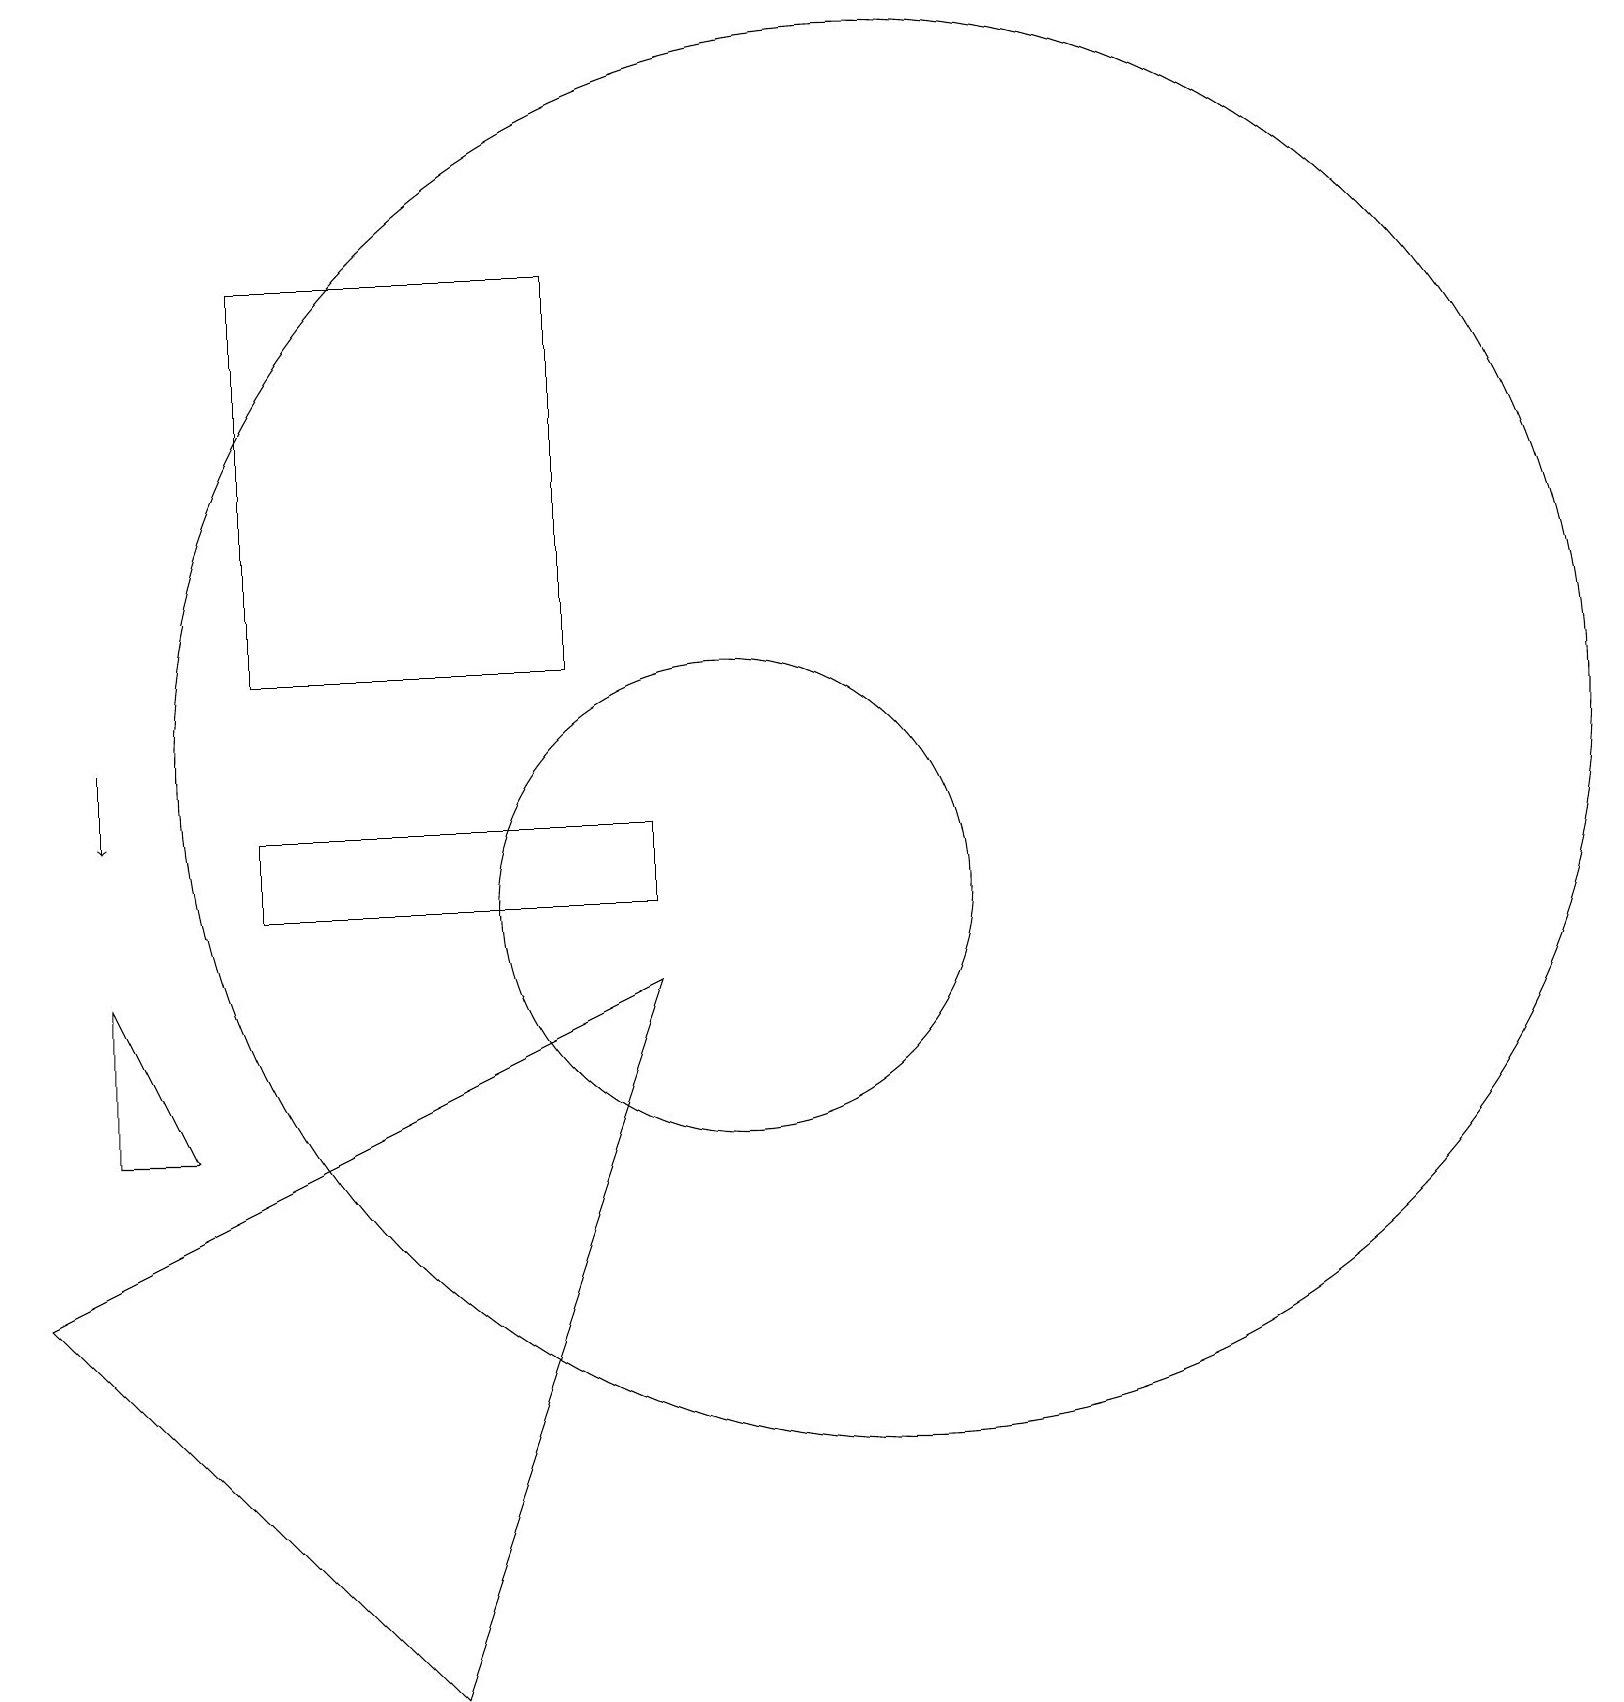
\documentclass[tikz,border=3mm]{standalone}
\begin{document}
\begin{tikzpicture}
\draw (1,5) -- (9,9) -- (6,0) -- cycle;
\draw (2,7) -- (2,9) -- (3,7) -- cycle;
\draw[->] (2,12) -- (2,11);
\draw (4,11) rectangle (9,10);
\draw (8,13) rectangle (4,18);
\draw (12,12) circle (9);
\draw (10,10) circle (3);
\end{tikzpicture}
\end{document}